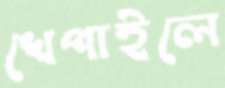
খেপাইলে